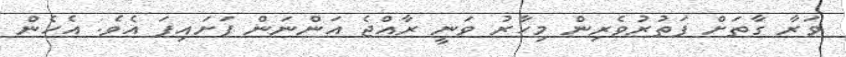
ވަރާ ގާތަށް ފަތުރުވެރިން މިހާރު ވަނީ ރާއްޖެ އަންނަން ފަށައިފަ އެވެ. އެހެން